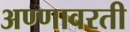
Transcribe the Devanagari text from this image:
अण्णावरती